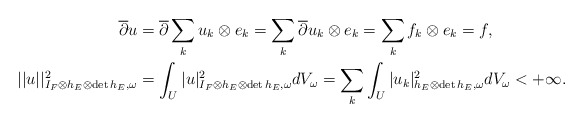
\begin{align*} \overline{\partial}u&=\overline{\partial}\sum_ku_k\otimes e_k=\sum_k\overline{\partial}u_k\otimes e_k=\sum_k f_k\otimes e_k=f,\\ ||u||^2_{I_F\otimes h_E\otimes\mathrm{det}\,h_E,\omega}&=\int_U|u|^2_{I_F\otimes h_E\otimes\mathrm{det}\,h_E,\omega}dV_\omega=\sum_k\int_U|u_k|^2_{h_E\otimes\mathrm{det}\,h_E,\omega}dV_\omega<+\infty. \end{align*}